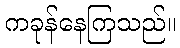
ကခုန်နေကြသည်။